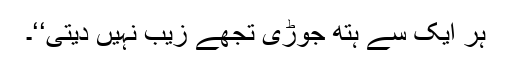
ہر ایک سے ہتھ جوڑی تجھے زیب نہیں دیتی‘‘۔